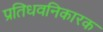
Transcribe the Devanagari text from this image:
प्रतिधवनिकारक